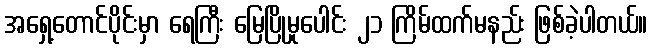
အရှေ့တောင်ပိုင်းမှာ ရေကြီး မြေပြိုမှုပေါင်း ၂၁ ကြိမ်ထက်မနည်း ဖြစ်ခဲ့ပါတယ်။